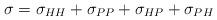
LaTeX: \begin{align*}\sigma = \sigma_{HH} + \sigma_{P P} + \sigma_{ H P } + \sigma_{P H } \end{align*}